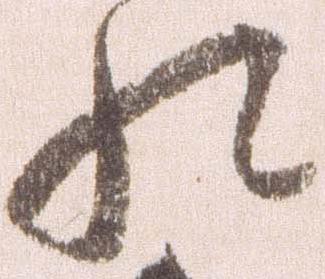
れ